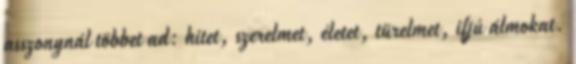
asszonynál többet ad: hitet, szerelmet, életet, türelmet, ifjú álmokat.